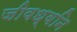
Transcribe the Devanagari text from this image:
जीवध्वनि